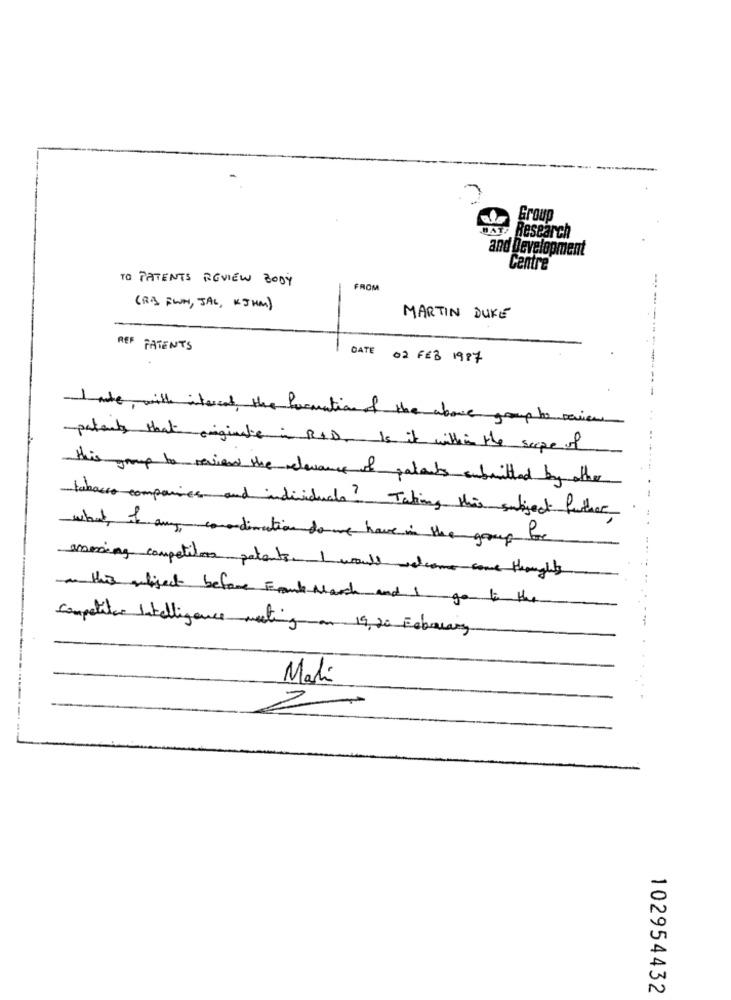
Group
Research
and Development
Centre
TO PATENTS REVIEW BODY
FROM
(R& BWH, JAL, KJHM)
---
MARTIN DUKE
---
REF PATENTS
DATE 02 FEB 1987
---
I ate, with interest, the formation of the above group to review
patenty that originate in RID, Is it within the serpe of
this group to review the relevance of patents submitted by other
tabacco companies and individuals? Taking this subject further
what, if any comandimation do we have in the group for
messing competitors patents. I would welcome come thoughts
this antiject before Frank March and I go to the
Competitor Intelligence meting on 19,20 February
Mali
2
102954432